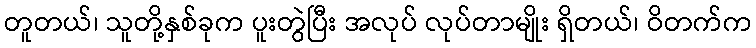
တူတယ်၊ သူတို့နှစ်ခုက ပူးတွဲပြီး အလုပ် လုပ်တာမျိုး ရှိတယ်၊ ဝိတက်က